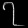
Digit: ၇